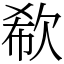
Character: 欷